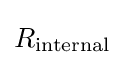
R_{\text{internal}}